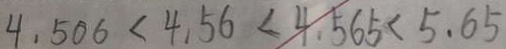
4 . 5 0 6 < 4 . 5 6 < 4 . 5 6 5 < 5 . 6 5